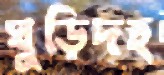
ঘুড়িদহ